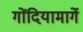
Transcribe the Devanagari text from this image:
गोंदियामार्गे